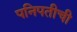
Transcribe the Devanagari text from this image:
पनिपतीची